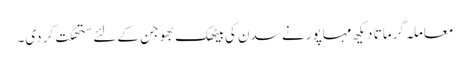
معاملہ گرماتا دیکھ مہاپور نے سدن کی بیٹھک بھوجن کے لئے ستھگت کر دی۔